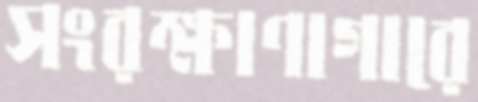
সংরক্ষাণাগারে